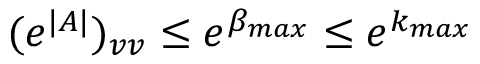
( e ^ { | A | } ) _ { v v } \leq e ^ { \beta _ { m a x } } \leq e ^ { k _ { m a x } }